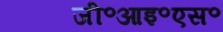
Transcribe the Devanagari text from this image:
जी॰आइ॰एस॰